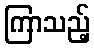
ကြာသည့်